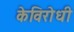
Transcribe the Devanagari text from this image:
केविरोधी